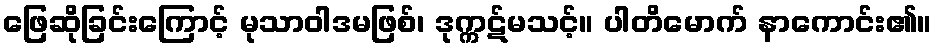
ဖြေဆိုခြင်းကြောင့် မုသာဝါဒမဖြစ်၊ ဒုက္ကဋ်မသင့်။ ပါတိမောက် နာကောင်း၏။